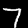
Digit: 7